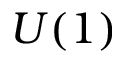
U ( 1 )